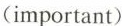
(important)